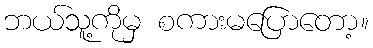
ဘယ်သူ့ကိုမှ စကားမပြောတော့။